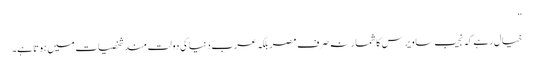
”
خیال رہے کہ نجیب ساویرس کا شمار نہ صرف مصر بلکہ عرب دنیا کی دولت مند شخصیات میں ہوتا ہے۔